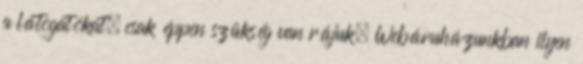
a látogatókat, csak éppen szükség van rájuk. Webáruházunkban ilyen